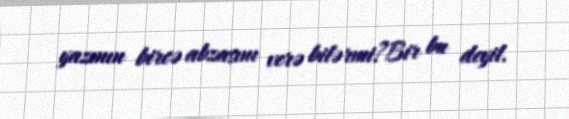
yazının bircə abzasını verə bilərmi?Bir bu deyil.